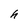
Character: h